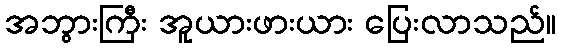
အဘွားကြီး အူယားဖားယား ပြေးလာသည်။